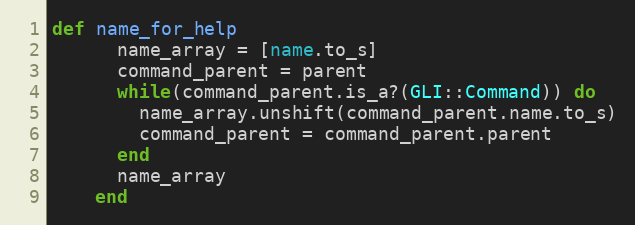
Language: Ruby
def name_for_help
      name_array = [name.to_s]
      command_parent = parent
      while(command_parent.is_a?(GLI::Command)) do
        name_array.unshift(command_parent.name.to_s)
        command_parent = command_parent.parent
      end
      name_array
    end